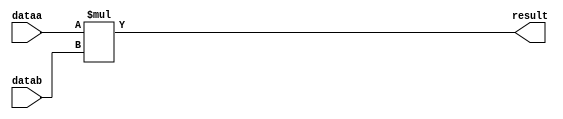
module  mult_9rr
	( 
	dataa,
	datab,
	result) ;
	input   [23:0]  dataa;
	input   [23:0]  datab;
	output   [47:0]  result;
	wire	[23:0]	dataa_wire;
	wire	[23:0]	datab_wire;
	wire	[47:0]	result_wire;
	assign dataa_wire = dataa;
	assign datab_wire = datab;
	assign result_wire = dataa_wire * datab_wire;
	assign result = ({result_wire[47:0]});
endmodule